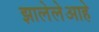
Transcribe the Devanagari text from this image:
झालेलेआहे